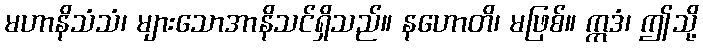
မဟာနိသံသံ၊ များသောအာနိသင်ရှိသည်။ နဟောတိ၊ မဖြစ်။ ဣဒံ၊ ဤသို့